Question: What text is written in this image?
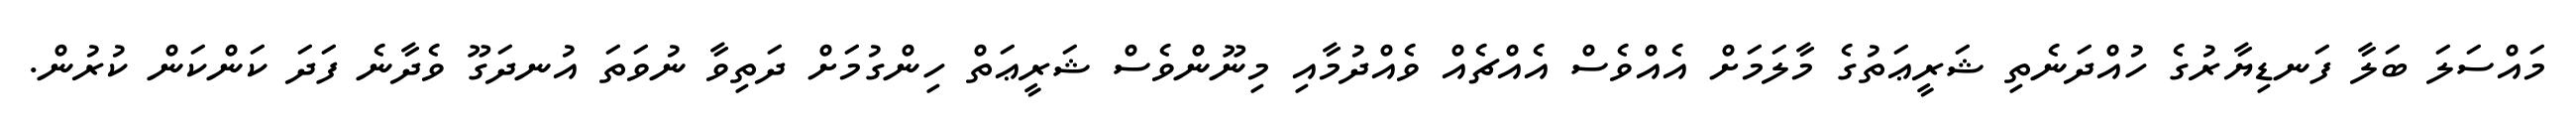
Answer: މައްސަލަ ބަލާ ފަނޑިޔާރުގެ ހުއްދަނެތި ޝަރީޢަތުގެ މާލަމަށް އެއްވެސް އެއްޗެއް ވެއްދުމާއި މިނޫންވެސް ޝަރީޢަތް ހިންގުމަށް ދަތިވާ ނުވަތަ އުނދަގޫ ވެދާނެ ފަދަ ކަންކަން ކުރުން.